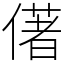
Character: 㒂